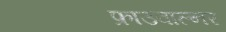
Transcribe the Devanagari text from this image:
फ्राउवाल्नर